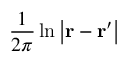
{ \frac { 1 } { 2 \pi } } \ln \left| \mathbf { r } - \mathbf { r } ^ { \prime } \right|